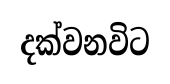
දක්වනවිට